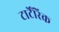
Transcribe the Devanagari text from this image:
टार्टेंरिक